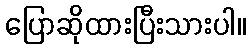
ပြောဆိုထားပြီးသားပါ။